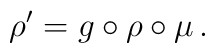
\rho' = g \circ \rho \circ \mu \, .